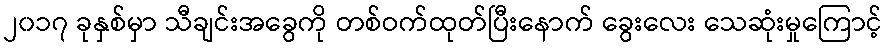
၂၀၁၇ ခုနှစ်မှာ သီချင်းအခွေကို တစ်ဝက်ထုတ်ပြီးနောက် ခွေးလေး သေဆုံးမှုကြောင့်